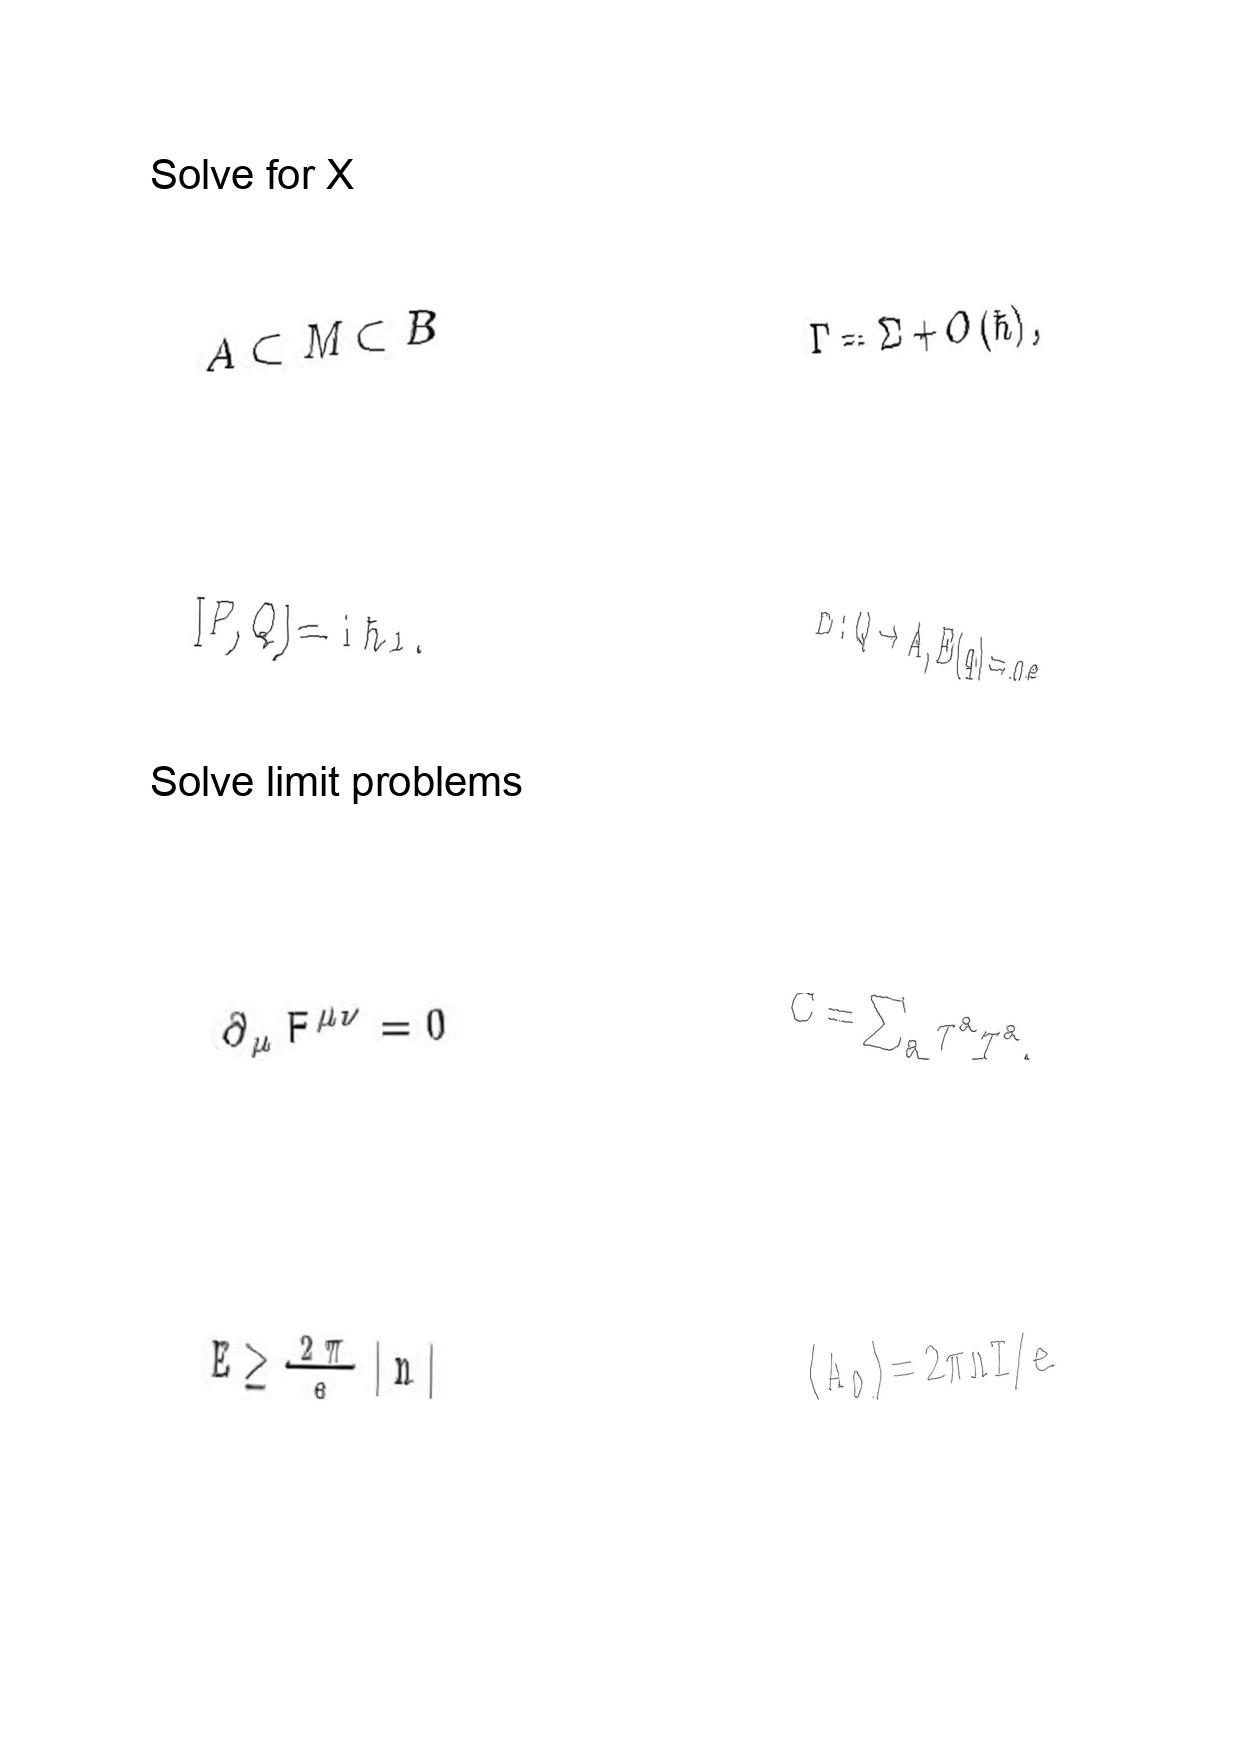
LaTeX transcription:
A \subset M \subset B
\lbrack P , Q \rbrack = \mathrm { i } \hbar 1 .
\partial _ { \mu } F ^ { \mu \nu } = 0
E \geq \frac { 2 \pi } { e } \vert n \vert
\Gamma = \Sigma + O \lparen \hbar \rparen ,
E : Q \to A , E \lparen q \rparen = q e .
C = \sum _ { a } \tau ^ { a } \tau ^ { a } ,
\langle A _ { 0 } \rangle = 2 \pi n T / e